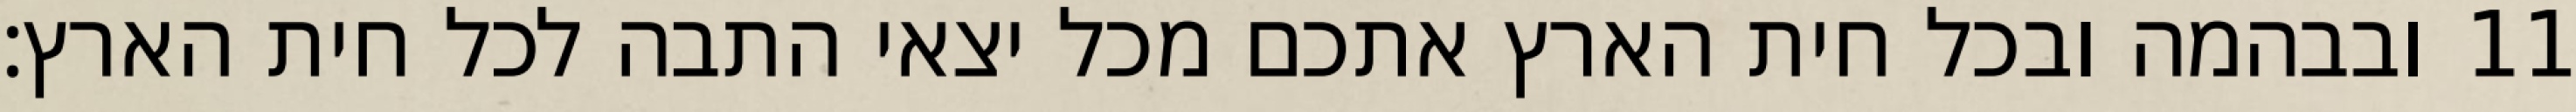
ובבהמה ובכל חית הארץ אתכם מכל יצאי התבה לכל חית הארץ׃ ‎11‏